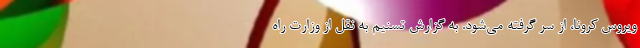
ویروس کرونا، از سر گرفته می‌شود. به گزارش تسنیم به نقل از وزارت راه